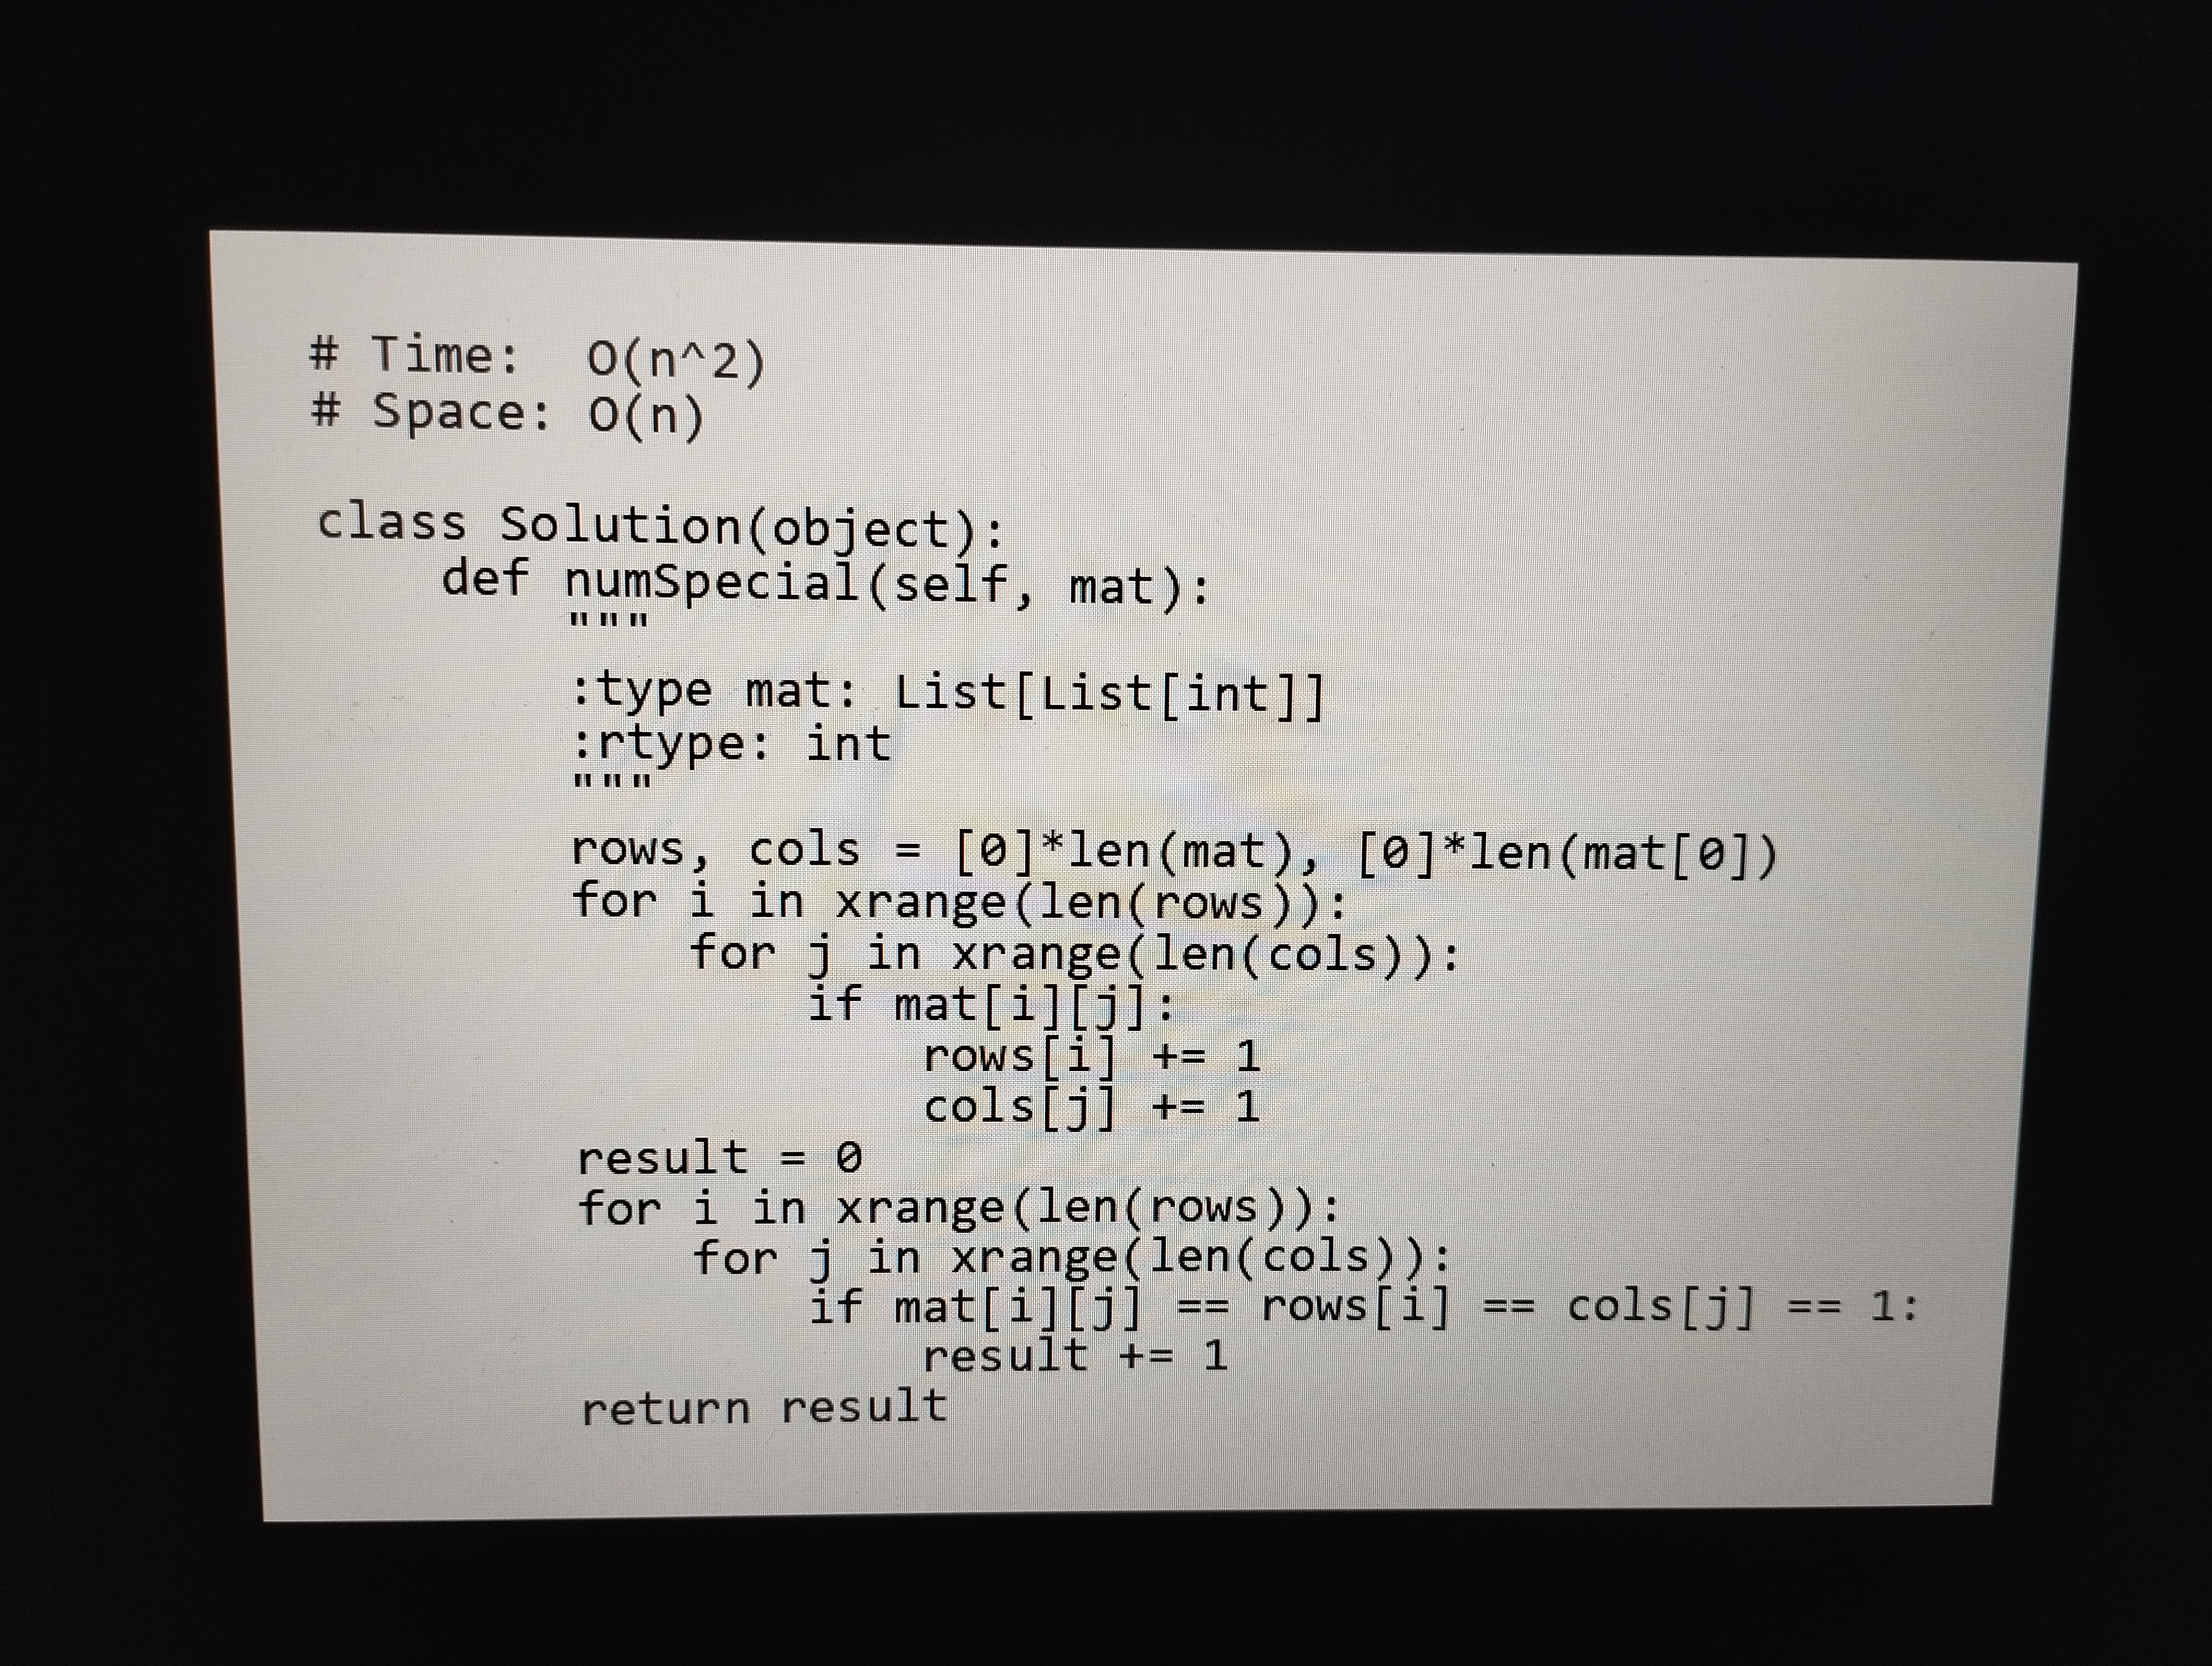
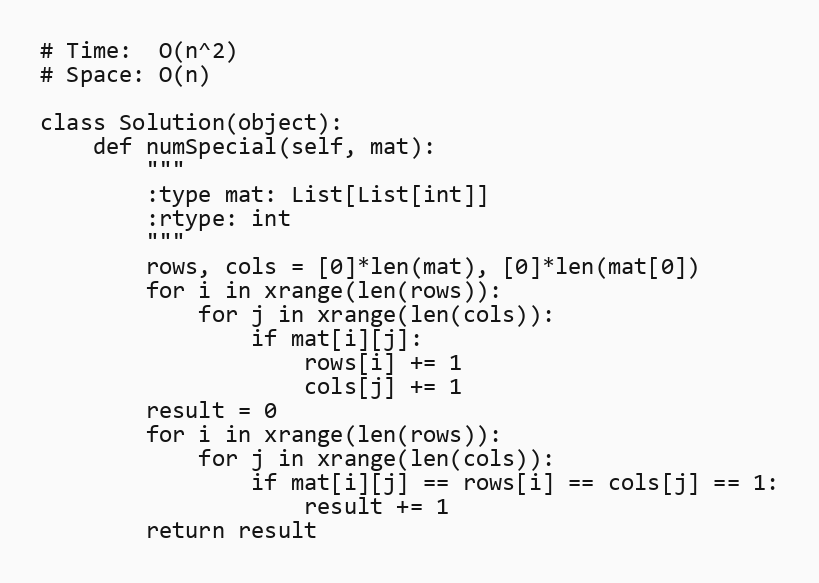
# Time:  O(n^2)
# Space: O(n)

class Solution(object):
    def numSpecial(self, mat):
        """
        :type mat: List[List[int]]
        :rtype: int
        """
        rows, cols = [0]*len(mat), [0]*len(mat[0])
        for i in xrange(len(rows)):
            for j in xrange(len(cols)):
                if mat[i][j]:
                    rows[i] += 1
                    cols[j] += 1
        result = 0
        for i in xrange(len(rows)):
            for j in xrange(len(cols)):
                if mat[i][j] == rows[i] == cols[j] == 1:
                    result += 1
        return result